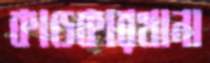
কাণ্ডকারখানা